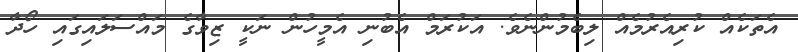
އެތަކެއް ކުރިއެރުމެއް ލިބެމުންނެވެ. އަކުރަމް އެބުނި އެމީހުން ނަކީ ޒިވާގެ މައްސަލައިގައި ހޯދާ